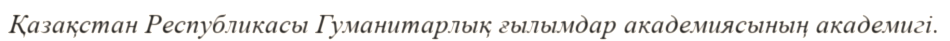
Қазақстан Республикасы Гуманитарлық ғылымдар академиясының академигі.